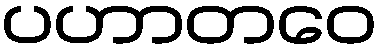
ပဟာတဝေ